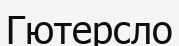
Гютерсло